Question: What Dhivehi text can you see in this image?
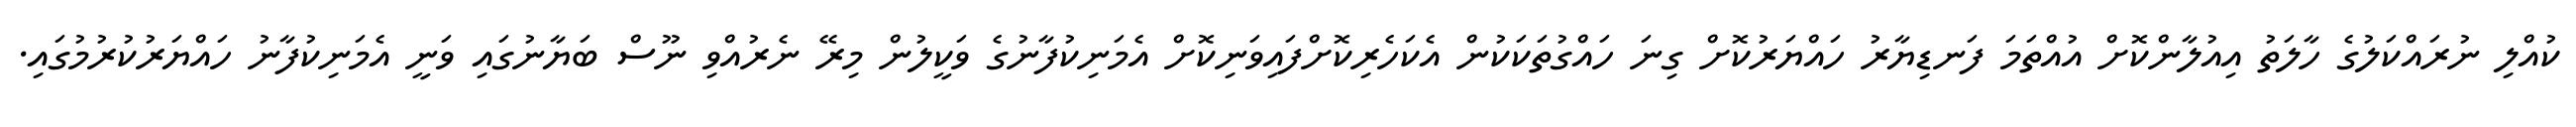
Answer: ކުއްލި ނުރައްކަލުގެ ހާލަތު އިއުލާންކޮށް އުއްތަމަ ފަނޑިޔާރު ހައްޔަރުކޮށް ގިނަ ހައްގުތަކަކުން އެކަހެރިކޮށްފައިވަނިކޮށް އެމަނިކުފާނުގެ ވަކީލުން މިރޭ ނެރުއްވި ނޫސް ބަޔާނުގައި ވަނީ އެމަނިކުފާނު ހައްޔަރުކުރުމުގައި.